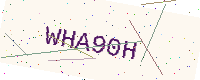
Text: WHA90H